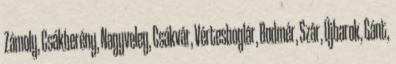
Zámoly, Csákberény, Nagyveleg, Csákvár, Vértesboglár, Bodmér, Szár, Újbarok, Gánt,